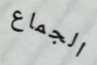
الجماع